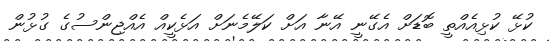
ކުޅޭ ކުޅިއެއްތީ ބޮޑަށް އެގޭނީ އޭނާ އަށް ކަލޭމެނަށް އަޅެކީއް އެއްޖިންސުގެ ގުޅުން